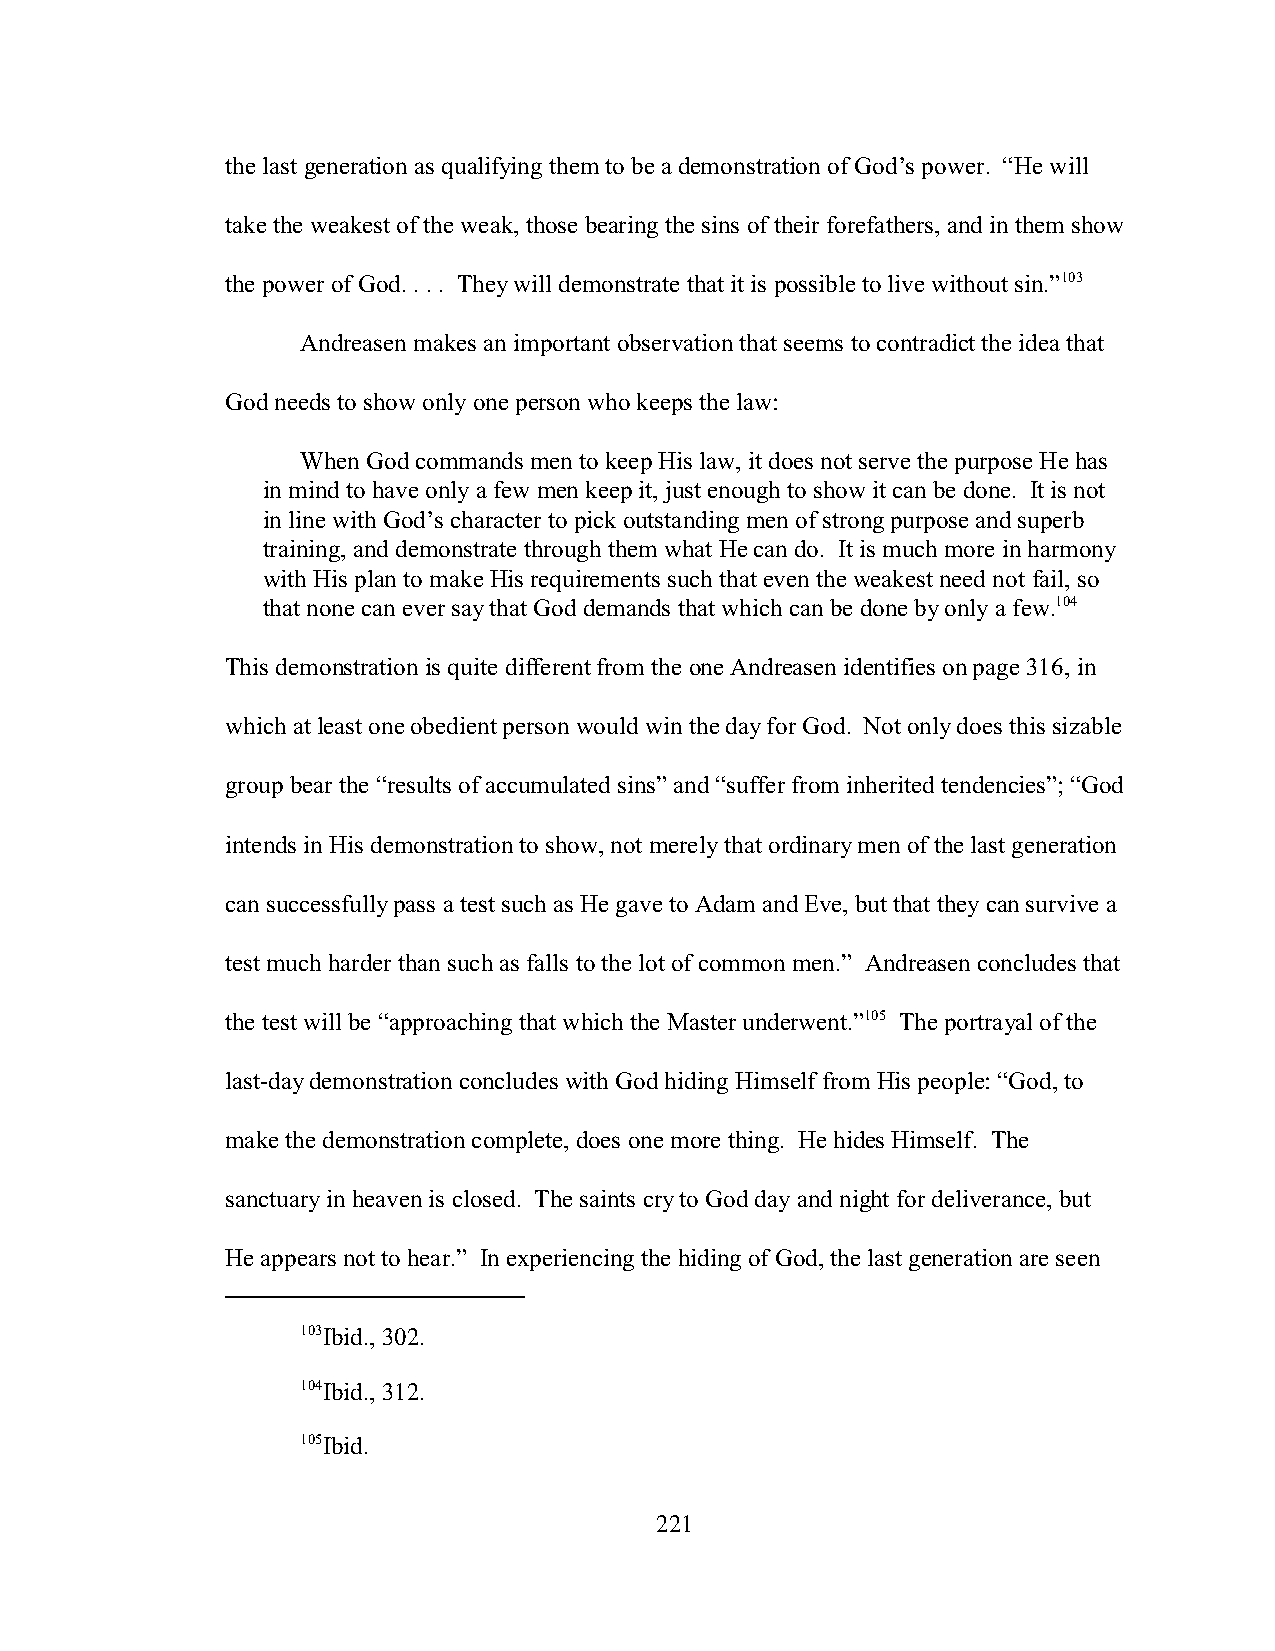
the last generation as qualifying them to be a demonstration of God’s power. “He will
 take the weakest of the weak, those bearing the sins of their forefathers, and in them show
 the power of God. . . . They will demonstrate that it is possible to live without sin.”103
 Andreasen makes an important observation that seems to contradict the idea that
 God needs to show only one person who keeps the law:
 When God commands men to keep His law, it does not serve the purpose He has
 in mind to have only a few men keep it, just enough to show it can be done. It is not
 in line with God’s character to pick outstanding men of strong purpose and superb
 training, and demonstrate through them what He can do. It is much more in harmony
 with His plan to make His requirements such that even the weakest need not fail, so
 that none can ever say that God demands that which can be done by only a few.104
 This demonstration is quite different from the one Andreasen identifies on page 316, in
 which at least one obedient person would win the day for God. Not only does this sizable
 group bear the “results of accumulated sins” and “suffer from inherited tendencies”; “God
 intends in His demonstration to show, not merely that ordinary men of the last generation
 can successfully pass a test such as He gave to Adam and Eve, but that they can survive a
 test much harder than such as falls to the lot of common men.” Andreasen concludes that
 the test will be “approaching that which the Master underwent.”105 The portrayal of the
 last-day demonstration concludes with God hiding Himself from His people: “God, to
 make the demonstration complete, does one more thing. He hides Himself. The
 sanctuary in heaven is closed. The saints cry to God day and night for deliverance, but
 He appears not to hear.” In experiencing the hiding of God, the last generation are seen
 103Ibid., 302.
 104Ibid., 312.
 105Ibid.
 221